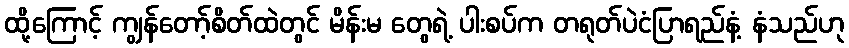
ထို့ကြောင့် ကျွန်တော့်စိတ်ထဲတွင် မိန်းမ တွေရဲ့ ပါးစပ်က တရုတ်ပဲငံပြာရည်နံ့ နံသည်ဟု